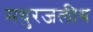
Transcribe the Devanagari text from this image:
मधुरजलीय